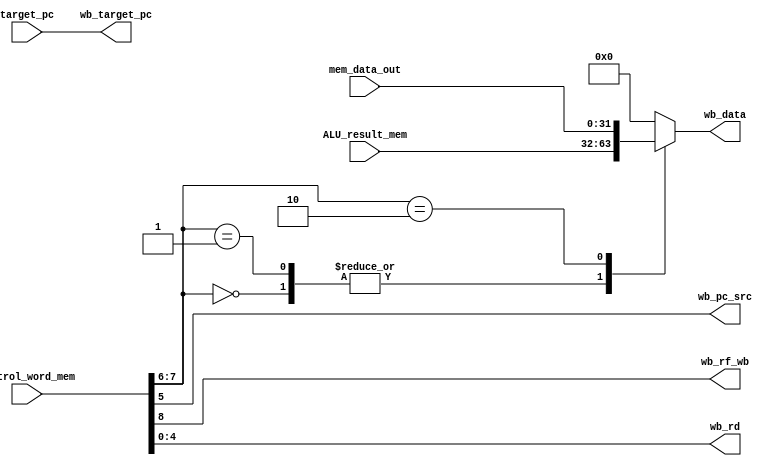
`timescale 1ns / 1ps
//////////////////////////////////////////////////////////////////////////////////
// Company: 
// Engineer: 
// 
// Design Name: 
// Module Name: WriteBackStage
// Project Name: 
// Target Devices: 
// Tool Versions: 
// Description: 
// 
// Dependencies: 
// 
// Revision:
// Revision 0.01 - File Created
// Additional Comments:
// 
//////////////////////////////////////////////////////////////////////////////////


module WriteBackStage(
        input wire [31:0] mem_data_out,target_pc,ALU_result_mem,
        input wire [8:0]control_word_mem,
        output wire wb_pc_src,wb_rf_wb,
        output wire [4:0] wb_rd,
        output wire [31:0] wb_target_pc,wb_data
    );
    wire rf_wb,pc_src;
    wire [1:0] wb_src;
    wire [4:0] rd;
    reg [31:0] selected_data;
    assign {rf_wb,wb_src,pc_src,rd} = control_word_mem;
    always@(*) begin
        case(wb_src)
        2'b00: selected_data = ALU_result_mem;
        2'b01: selected_data = ALU_result_mem;
        2'b10: selected_data = mem_data_out;
        default: selected_data = 32'b0; 
        endcase 
    end
    
    assign wb_rd = rd;
    assign wb_pc_src = pc_src;
    assign wb_rf_wb = rf_wb;
    assign wb_data = selected_data;
    assign wb_target_pc = target_pc;
endmodule